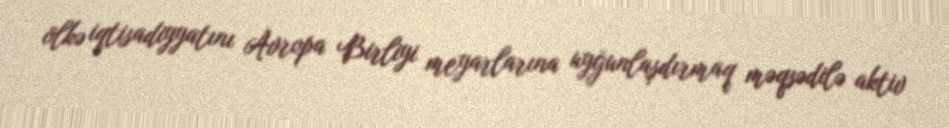
ölkə iqtisadiyyatını Avropa Birliyi meyarlarına uyğunlaşdırmaq məqsədilə aktiv